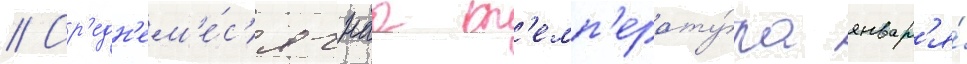
// Ср'едн'ем'е́с'ячнаа т'емп'ерату́ра январ'я́